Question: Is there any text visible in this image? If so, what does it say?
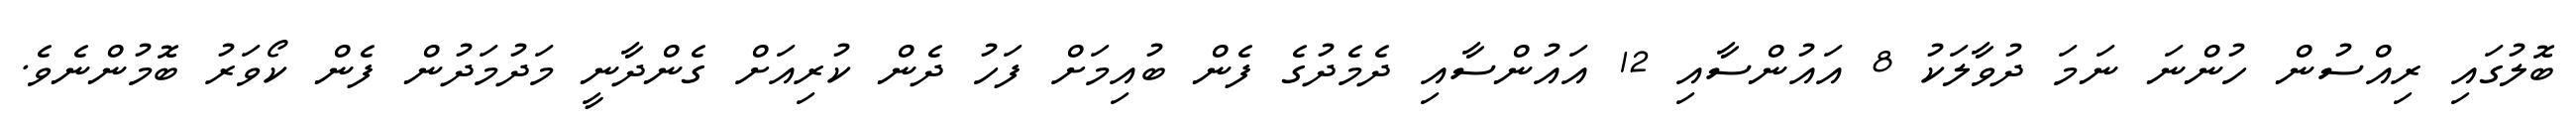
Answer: ބޮލުގައި ރިއްސުން ހުންނަ ނަމަ ދުވާލަކު 8 އައުންސާއި 12 އައުންސާއި ދެމެދުގެ ފެން ބުއިމަށް ފަހު ދެން ކުރިއަށް ގެންދާނީ މަދުމަދުން ފެން ކޯވަރު ބޮމުންނެވެ.